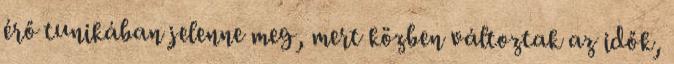
érő tunikában jelenne meg, mert közben változtak az idők,